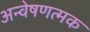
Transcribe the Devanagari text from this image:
अन्वेषणत्मक